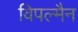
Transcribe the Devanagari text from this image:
विपल्मैन